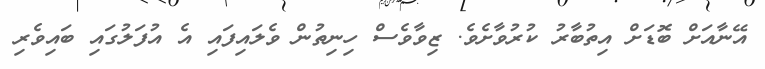
އޭނާއަށް ބޮޑަށް އިތުބާރު ކުރުވާށެވެ. ޒިވާވެސް ހިނިތުން ވެލައިފައި އެ އުފަލުގައި ބައިވެރި